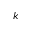
k